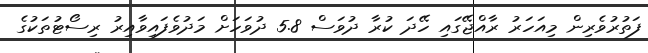
ފަތުރުވެރިން މިއަހަރު ރާއްޖޭގައި ހޭދަ ކުރާ ދުވަސް 5.8 ދުވަހަށް މަދުވެފައިވާއިރު ރިސޯޓުތަކުގެ